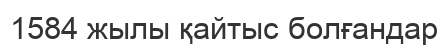
1584 жылы қайтыс болғандар